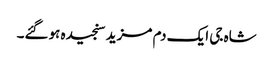
شاہ جی ایک دم مزید سنجیدہ ہوگئے۔